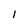
Character: 1